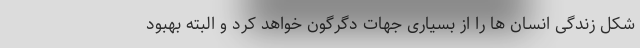
شکل زندگی انسان ها را از بسیاری جهات دگرگون خواهد کرد و البته بهبود